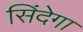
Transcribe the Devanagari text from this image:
सिंदेगा